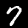
Digit: 7